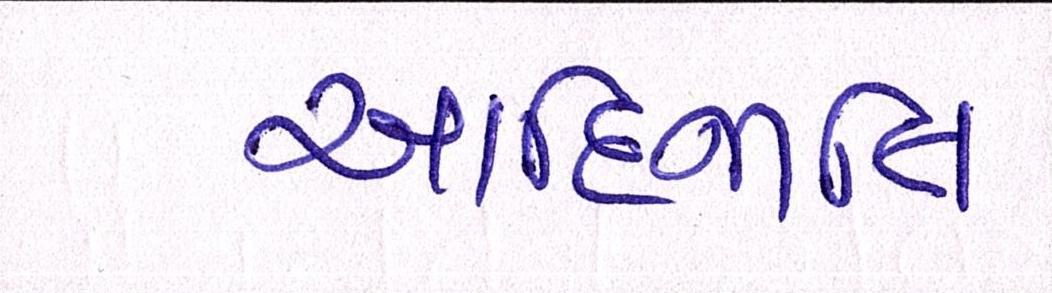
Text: આદિજાતિ